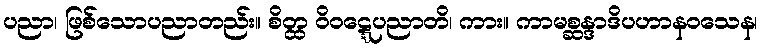
ပညာ၊ ဖြစ်သောပညာတည်း။ စိတ္ထ ဝိဝဋ္ဋေပညာတိ၊ ကား။ ကာမစ္ဆန္ဒာဒိပဟာနဝသေန၊